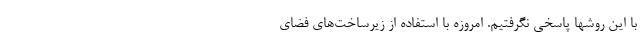
با این روشها پاسخی نگرفتیم. امروزه با استفاده از زیرساخت‌های فضای